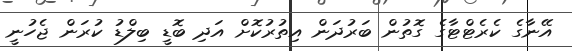
އޭނާގެ ކެރެޓްޓާގެ ގޮތުން ބަރުދަން އިތުރުކޮށް އަދި ބޮޑީ ބިލްޑު ކުރަން ޖެހުނީ